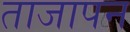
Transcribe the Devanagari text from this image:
ताजापन